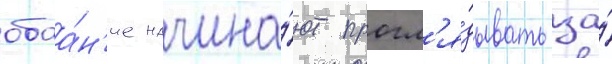
обаа́н'ие начина́ют прогл'я́дывать за́